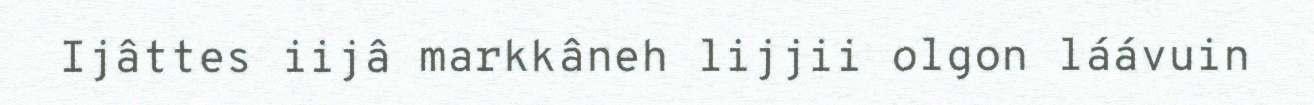
Ijâttes iijâ‎ markkâneh lijjii olgon láávuin